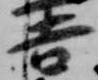
吉